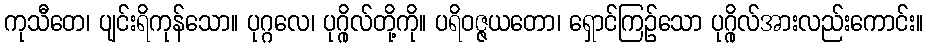
ကုသီတေ၊ ပျင်းရိကုန်သော။ ပုဂ္ဂလေ၊ ပုဂ္ဂိုလ်တို့ကို။ ပရိဝဇ္ဇယတော၊ ရှောင်ကြဉ်သော ပုဂ္ဂိုလ်အားလည်းကောင်း။